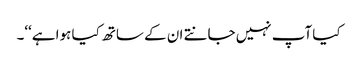
کیا آپ نہیں جانتے ان کے ساتھ کیا ہوا ہے‘‘۔